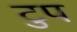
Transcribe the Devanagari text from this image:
टुप